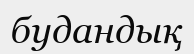
будандық